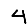
Digit: 4